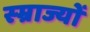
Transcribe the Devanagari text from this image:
स्म्राज्यों